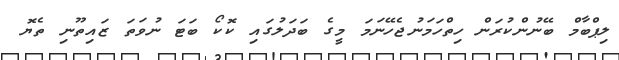
ލިޕްބާމް ބޭނުންކުރަން ހިތްހަމަނުޖެހޭނަަމަ މީގެ ބަދަލުގައި ކޮކޯ ބަޓަ ނުވަތަ ޒައިތޫނި ތެޔޮ